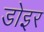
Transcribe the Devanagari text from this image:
डोइर